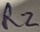
Text: R2